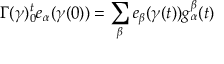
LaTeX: \Gamma ( \gamma ) _ { 0 } ^ { t } e _ { \alpha } ( \gamma ( 0 ) ) = \sum _ { \beta } e _ { \beta } ( \gamma ( t ) ) g _ { \alpha } ^ { \beta } ( t )